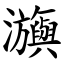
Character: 㶛